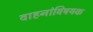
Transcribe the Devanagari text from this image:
वाहनांविषयक